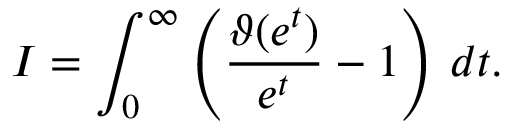
I = \int _ { 0 } ^ { \infty } \left( { \frac { \vartheta ( e ^ { t } ) } { e ^ { t } } } - 1 \right) \, d t .